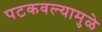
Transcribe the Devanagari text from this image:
पटकवल्यामुळे